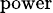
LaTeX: \scriptstyle{\mathrm{power}}